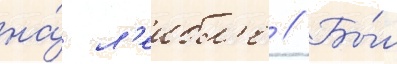
на́ л'еибл'е // Бы́л